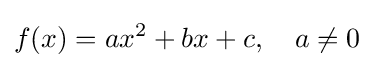
f(x)=ax^{2}+bx+c,\quad a\neq 0